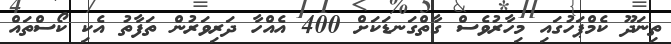
ތިނަދޫ ކެމްޕަހުގައި މިހާރުވެސް ގާތްގަނޑަކަށް 400 އެއްހާ ދަރިވަރުން ތަފާތު އެކި ކޯސްތައް